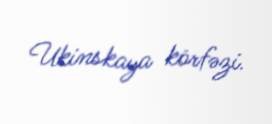
Ukinskaya körfəzi.